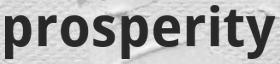
prosperity